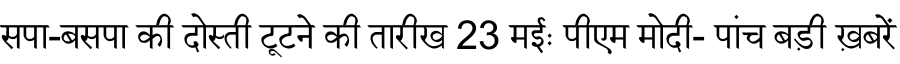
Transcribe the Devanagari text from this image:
सपा-बसपा की दोस्ती टूटने की तारीख 23 मईः पीएम मोदी- पांच बड़ी ख़बरें